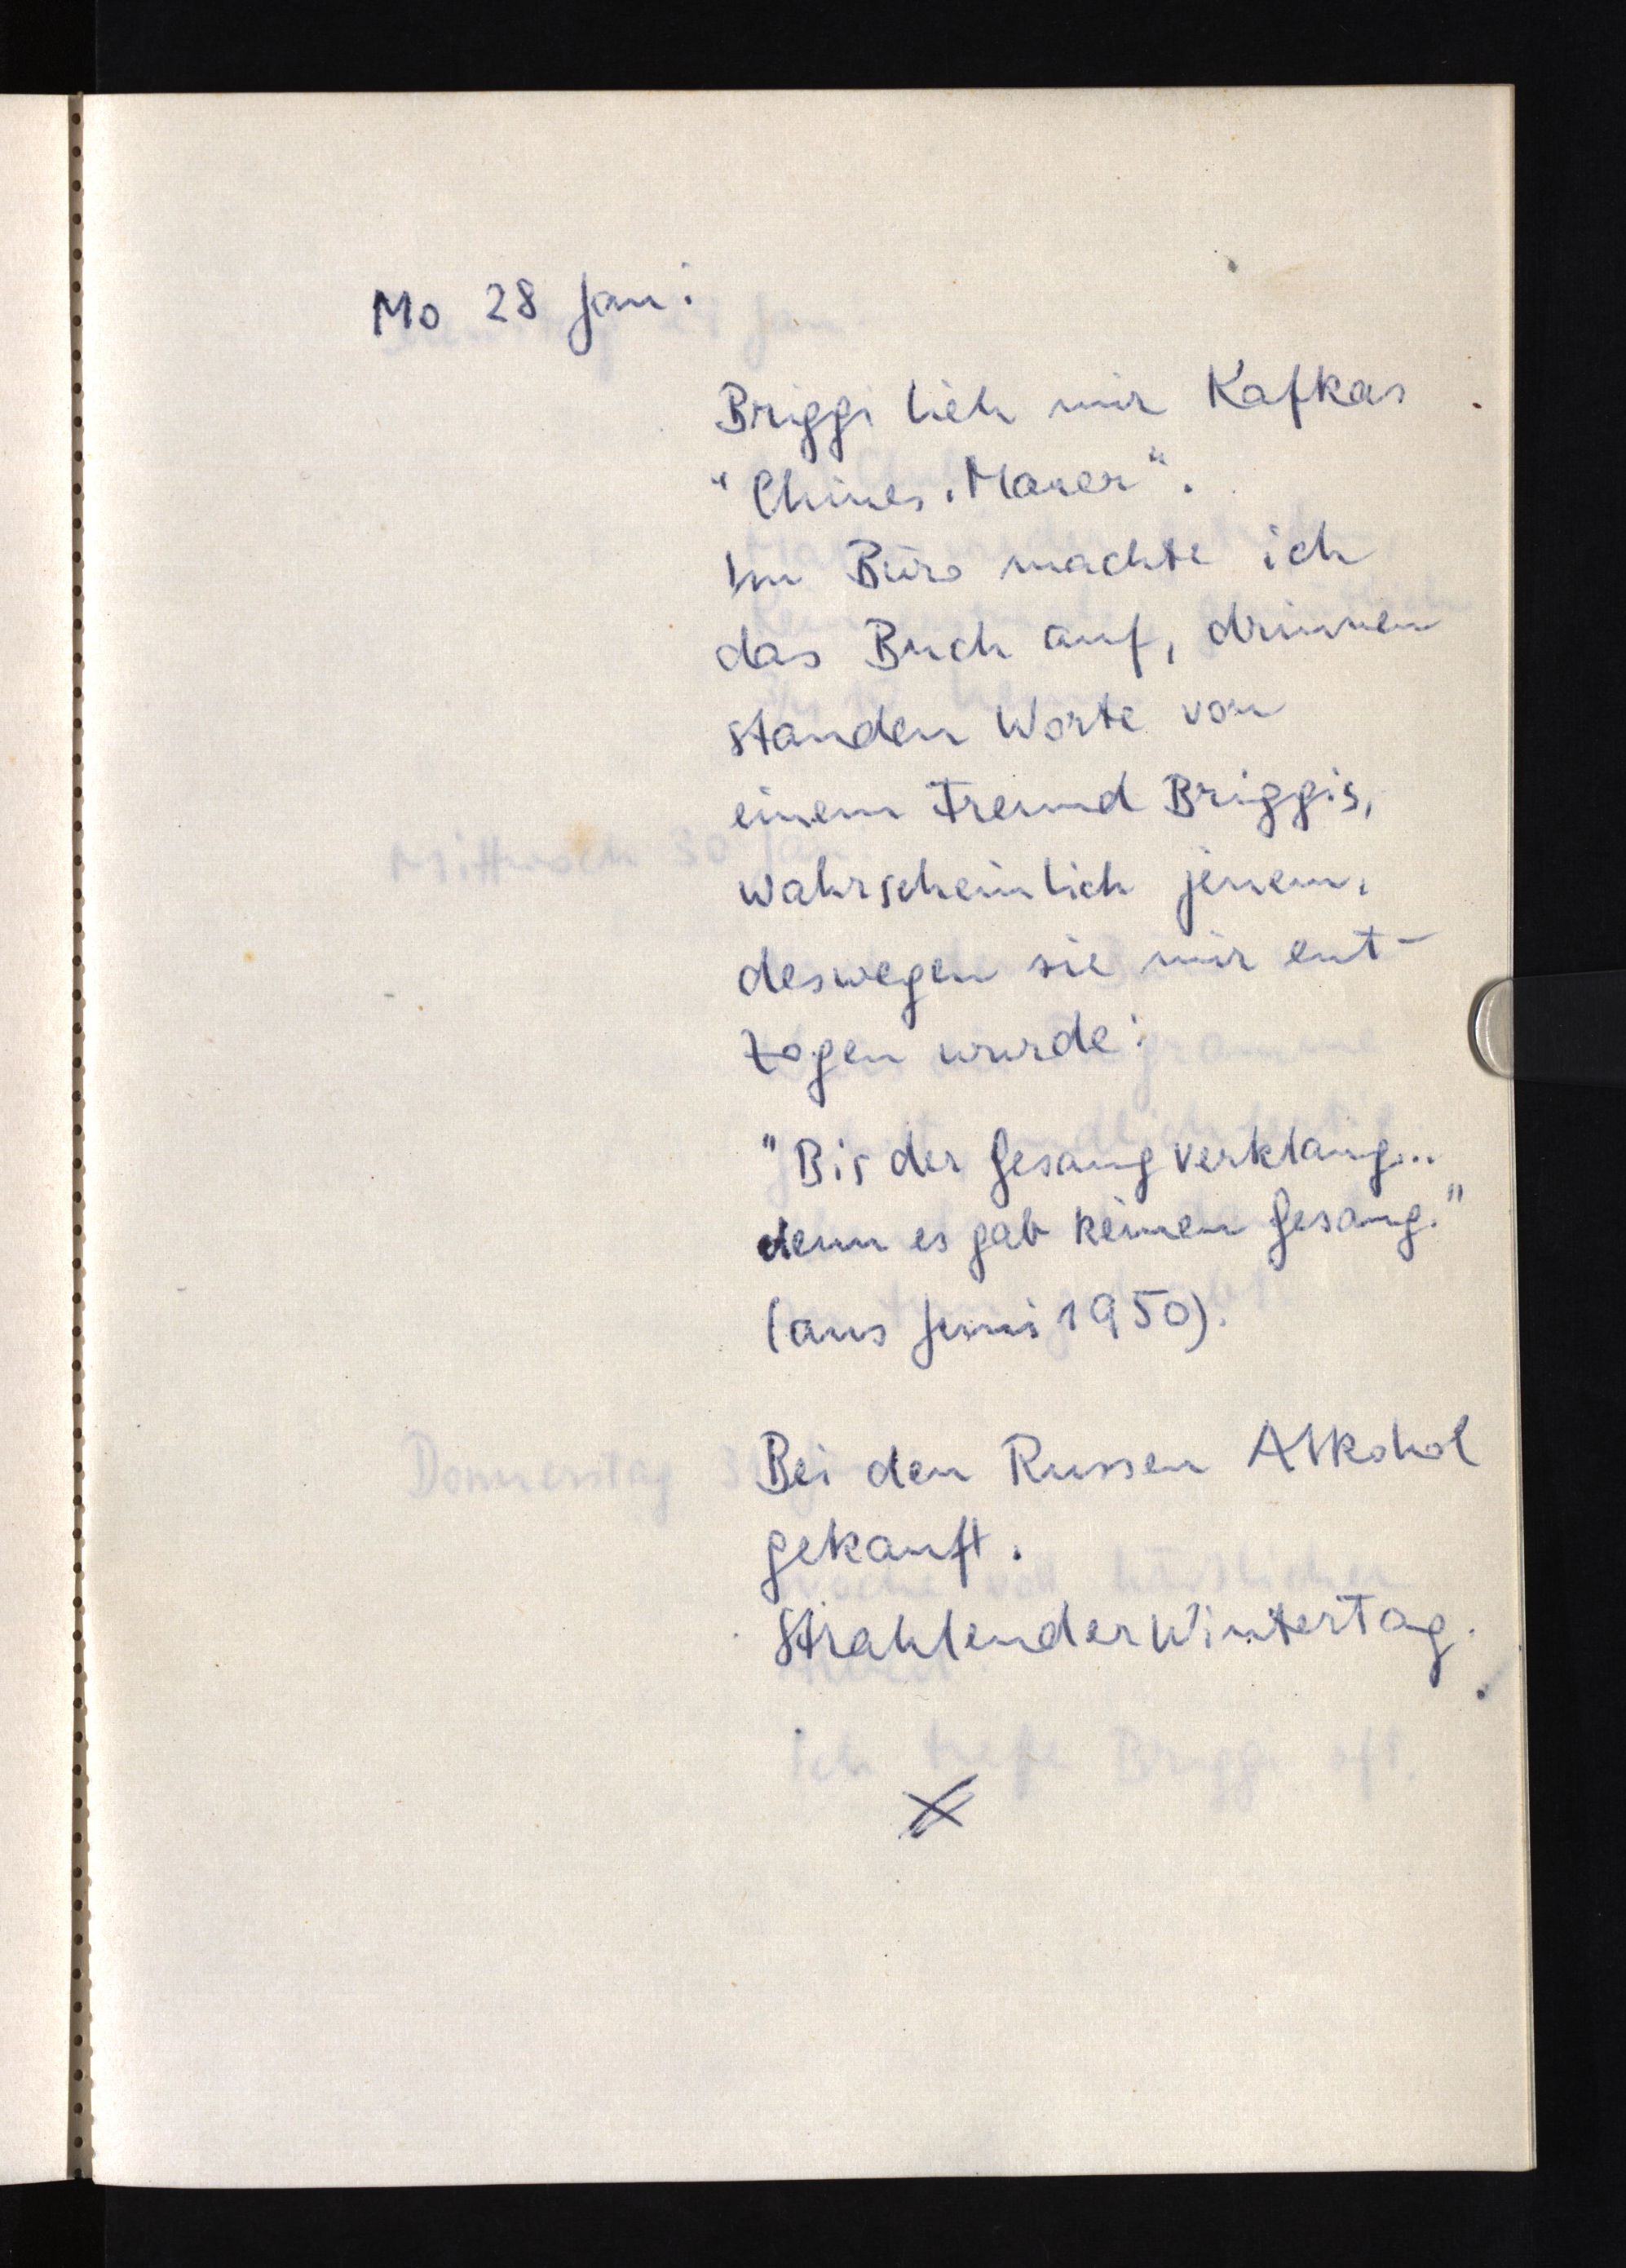
Mo 28 Jan:
Briggi lieh mir Kafkas
"Chines. Mauer".
Im Büro machte ich
das Buch auf, drinnen
standen Worte von
einem Freund Briggis,
wahrscheinlich jenem,
deswegen sie mir ent¬
zogen wurde:
"Bis der Gesang verklang ...
denn es gab keinen Gesang."
(aus Juni 1950).
Bei den Russen Alkohol
gekauft.
Strahlender Wintertag.